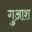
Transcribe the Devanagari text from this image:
गुआश